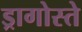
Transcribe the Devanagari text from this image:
ड्रागोस्ते